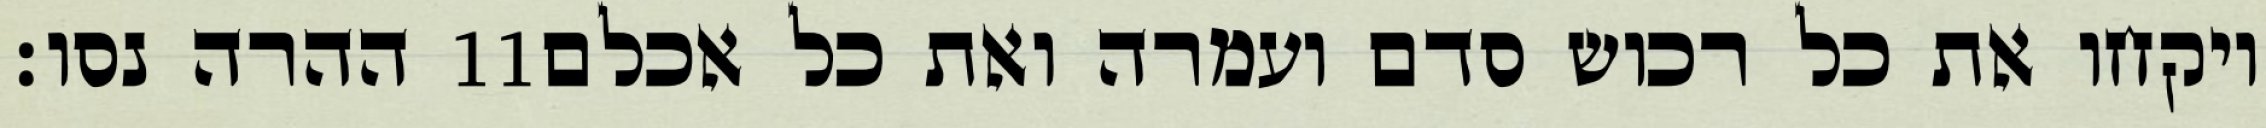
ההרה נסו׃ ‎11‏ ויקחו את כל רכוש סדם ועמרה ואת כל אכלם